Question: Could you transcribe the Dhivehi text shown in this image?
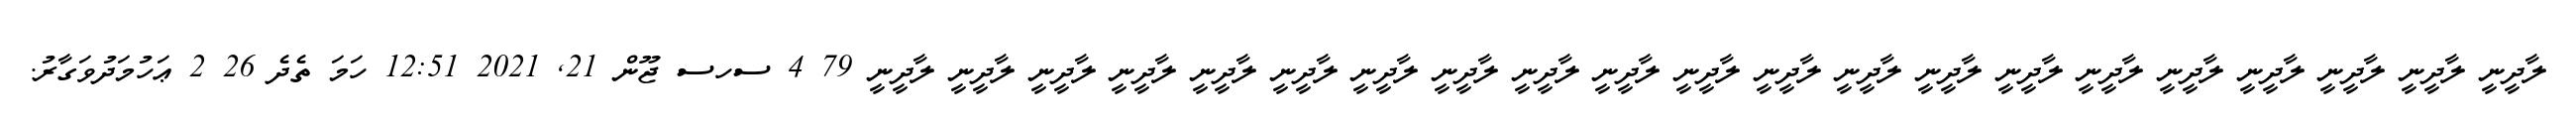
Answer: ލާދީނީ ލާދީނީ ލާދީނީ ލާދީނީ ލާދީނީ ލާދީނީ ލާދީނީ ލާދީނީ ލާދީނީ ލާދީނީ ލާދީނީ ލާދީނީ ލާދީނީ ލާދީނީ ލާދީނީ ލާދީނީ ލާދީނީ ލާދީނީ ލާދީނީ ލާދީނީ ލާދީނީ 79 4 ސހސ ޖޫން 21, 2021 12:51 ހަމަ ތެދެ 26 2 ޢަހުމަދުވަގާރު.